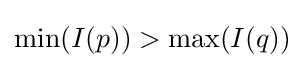
\min(I(p))>\max(I(q))